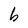
Character: b